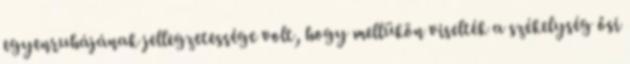
egyenruhájának jellegzetessége volt, hogy mellükön viselték a székelység ősi